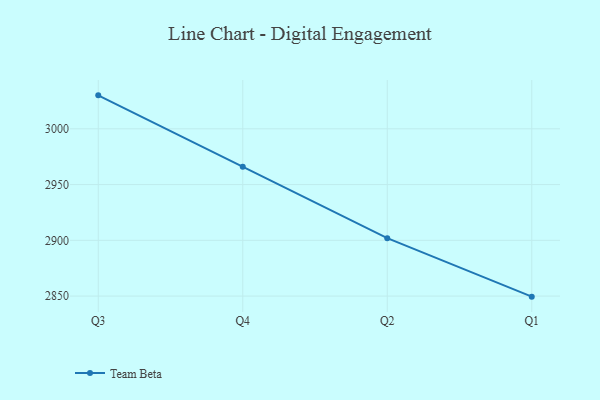
{"axis": {"x": "Quarter", "y": "Satisfaction Score"}, "legend": ["Team Beta"], "data": [{"x": "Q3", "y": 3030.0, "type": "Team Beta"}, {"x": "Q4", "y": 2966.0, "type": "Team Beta"}, {"x": "Q2", "y": 2901.9, "type": "Team Beta"}, {"x": "Q1", "y": 2849.5, "type": "Team Beta"}]}